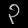
Digit: ၃